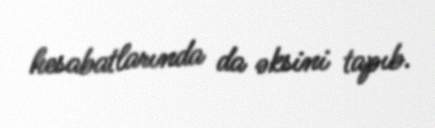
hesabatlarında da əksini tapıb.